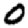
Digit: 0